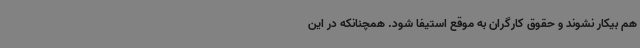
هم بیکار نشوند و حقوق کارگران به موقع استیفا شود. همچنانکه در این